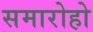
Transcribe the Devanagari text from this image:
समारोहो